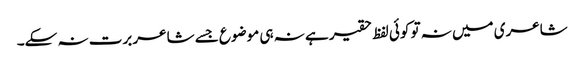
شاعری میں نہ تو کوئی لفظ حقیر ہے نہ ہی موضوع جسے شاعر برت نہ سکے۔